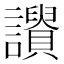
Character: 𧭾